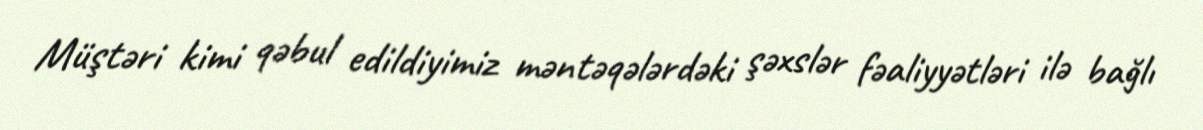
Müştəri kimi qəbul edildiyimiz məntəqələrdəki şəxslər fəaliyyətləri ilə bağlı